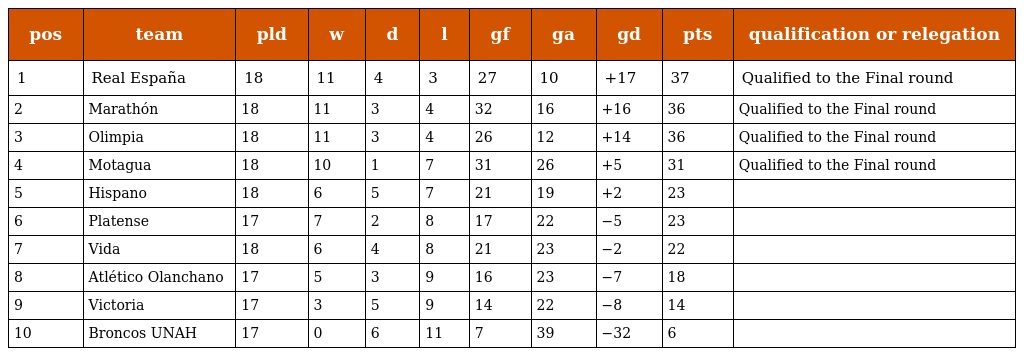
| pos | team | pld | w | d | l | gf | ga | gd | pts | qualification or relegation |
 | --- | --- | --- | --- | --- | --- | --- | --- | --- | --- | --- |
 | 1 | Real España | 18 | 11 | 4 | 3 | 27 | 10 | +17 | 37 | Qualified to the Final round |
 | 2 | Marathón | 18 | 11 | 3 | 4 | 32 | 16 | +16 | 36 | Qualified to the Final round |
 | 3 | Olimpia | 18 | 11 | 3 | 4 | 26 | 12 | +14 | 36 | Qualified to the Final round |
 | 4 | Motagua | 18 | 10 | 1 | 7 | 31 | 26 | +5 | 31 | Qualified to the Final round |
 | 5 | Hispano | 18 | 6 | 5 | 7 | 21 | 19 | +2 | 23 |  |
 | 6 | Platense | 17 | 7 | 2 | 8 | 17 | 22 | −5 | 23 |  |
 | 7 | Vida | 18 | 6 | 4 | 8 | 21 | 23 | −2 | 22 |  |
 | 8 | Atlético Olanchano | 17 | 5 | 3 | 9 | 16 | 23 | −7 | 18 |  |
 | 9 | Victoria | 17 | 3 | 5 | 9 | 14 | 22 | −8 | 14 |  |
 | 10 | Broncos UNAH | 17 | 0 | 6 | 11 | 7 | 39 | −32 | 6 |  |